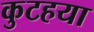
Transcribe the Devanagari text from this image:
कुटहया